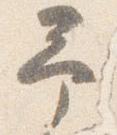
予